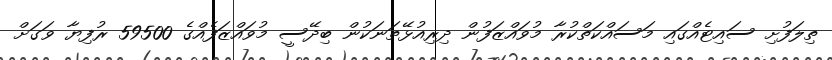
ތިލަފުށި ސައިޓެއްގައި މަސައްކަތްކުރާ މުވައްޒަފުން ދިރިއުޅޭތަނަކުން ބިދޭސީ މުވައްޒަފެއްގެ 59500 ރުފިޔާ ވަގަށް